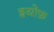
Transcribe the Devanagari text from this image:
इयोफ़